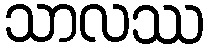
သာလဿ